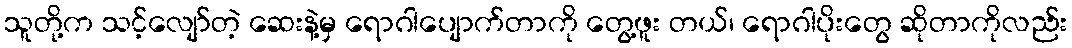
သူတို့က သင့်လျော်တဲ့ ဆေးနဲ့မှ ရောဂါပျောက်တာကို တွေ့ဖူး တယ်၊ ရောဂါပိုးတွေ ဆိုတာကိုလည်း